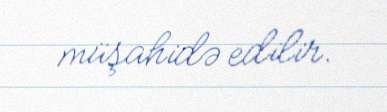
müşahidə edilir.